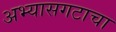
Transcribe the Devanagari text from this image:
अभ्यासगटाचा